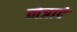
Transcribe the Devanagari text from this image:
नेत्रादे